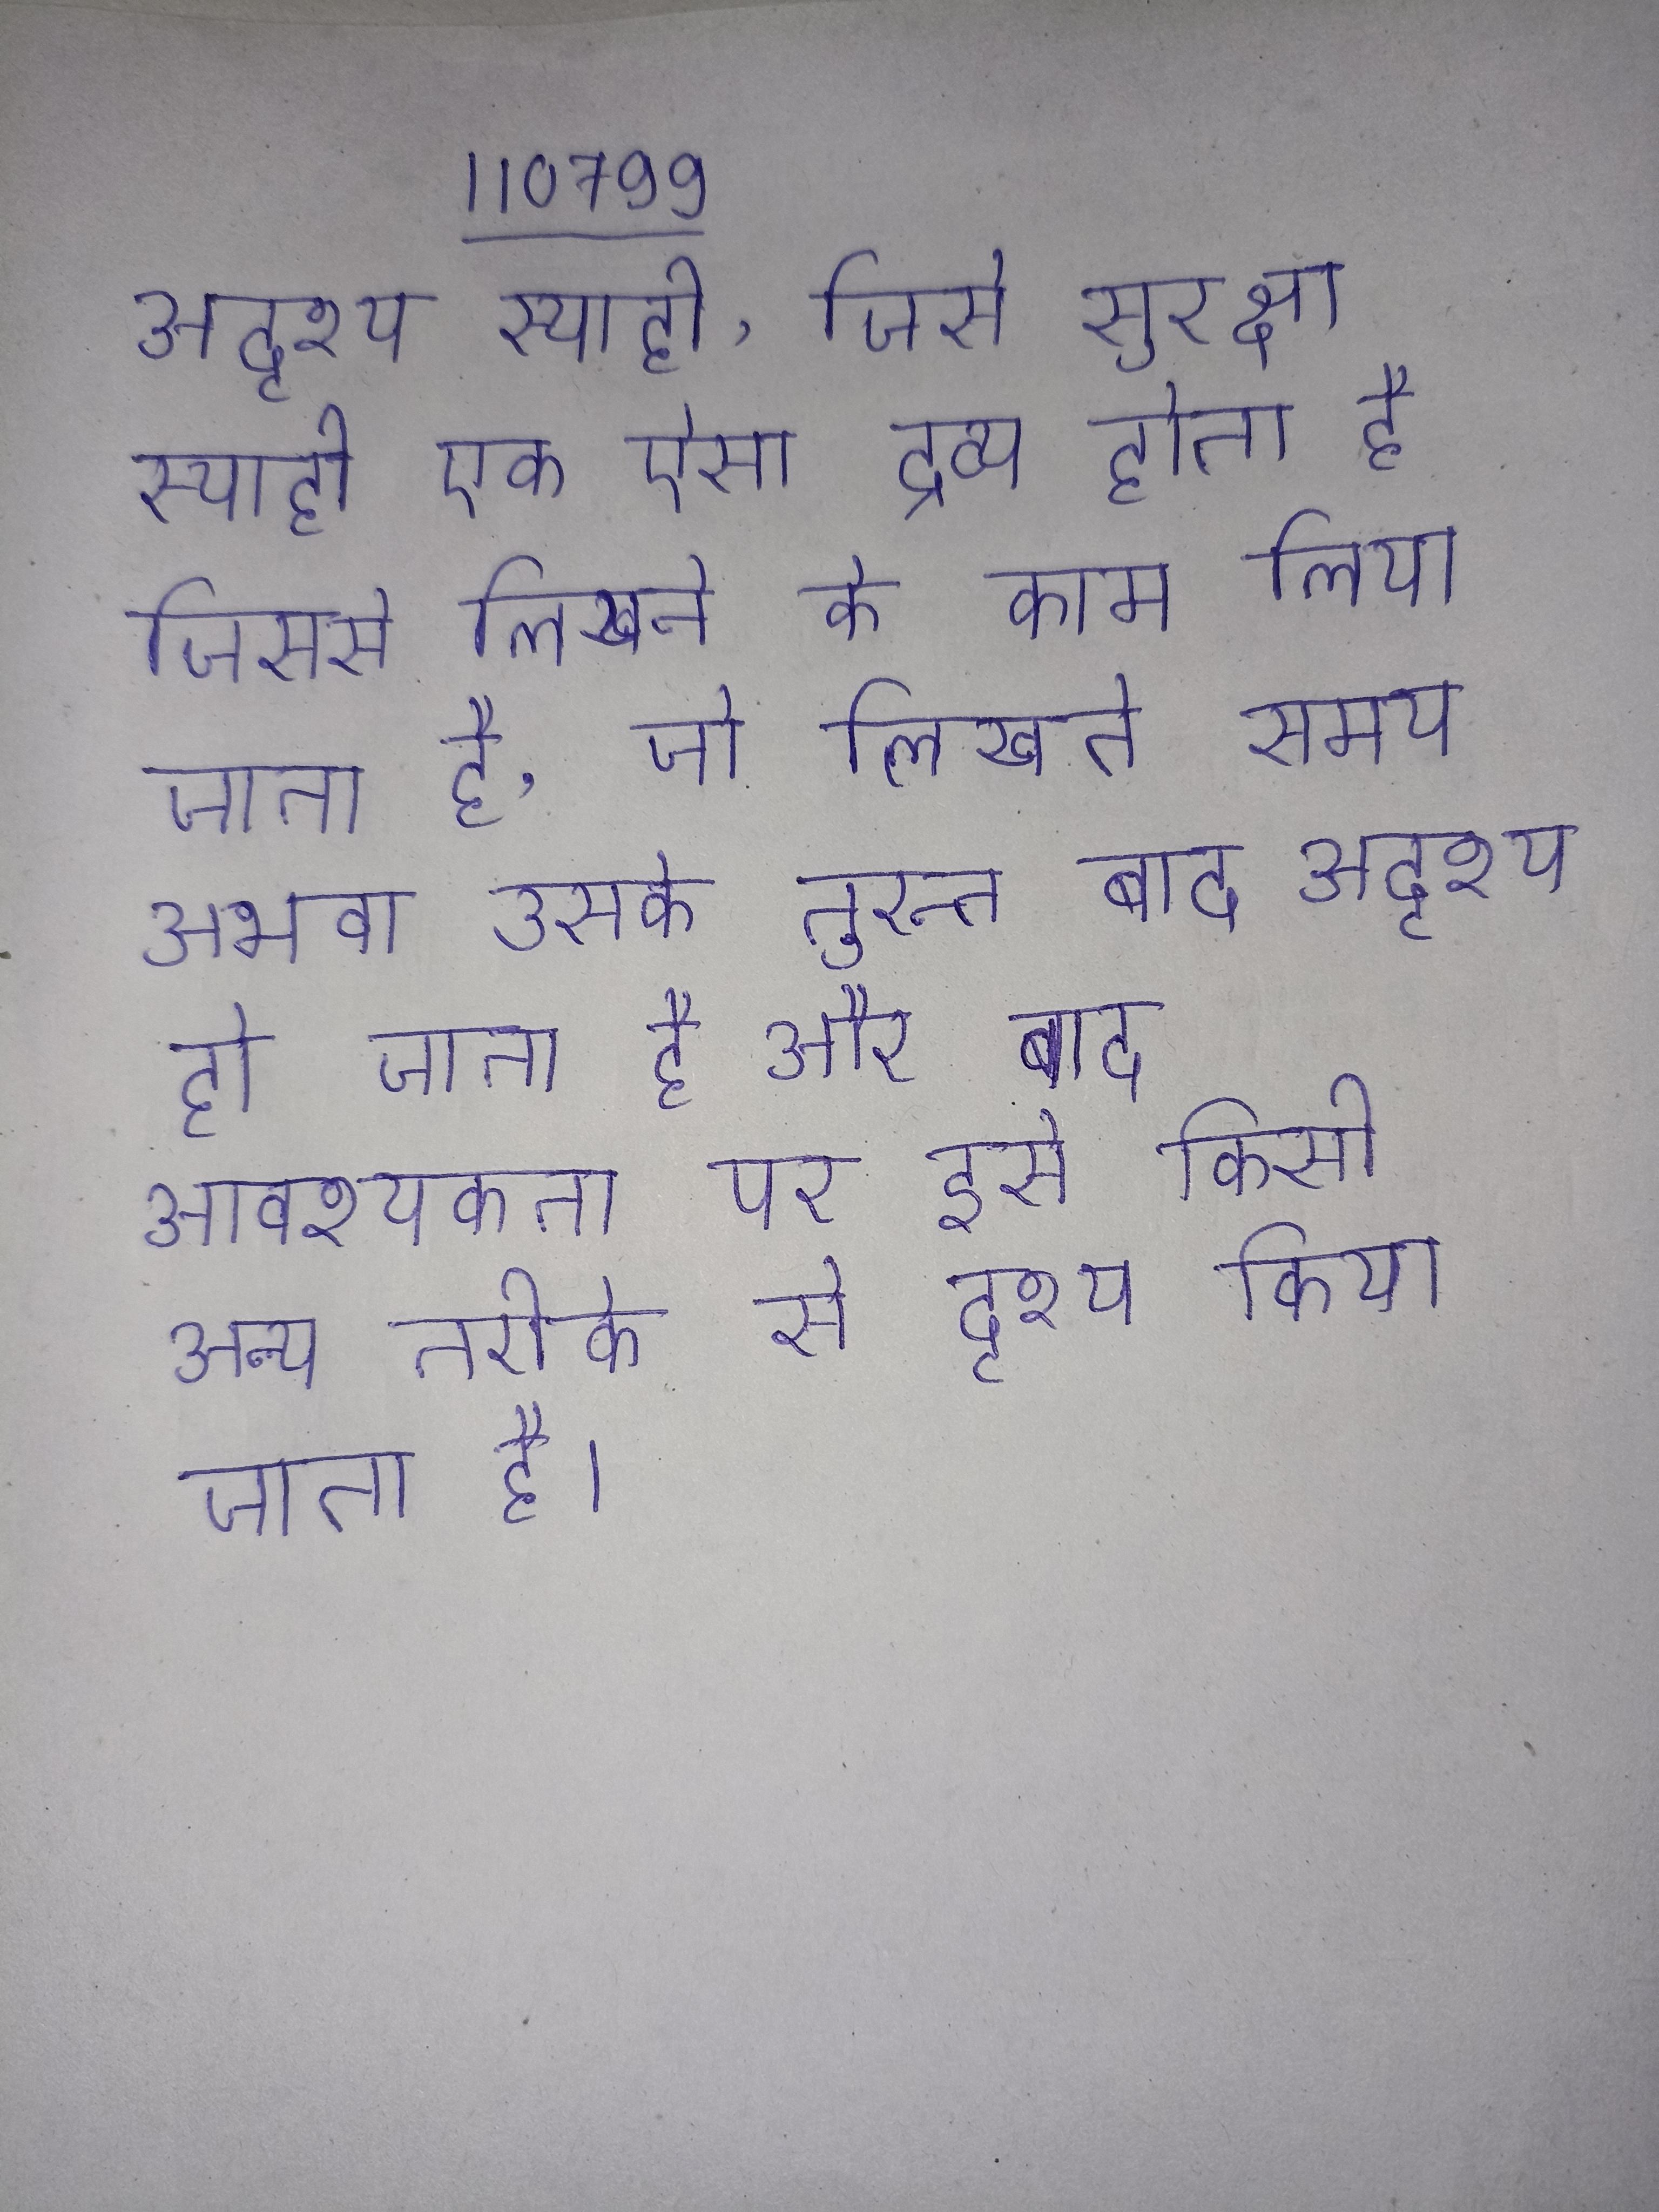
अदृश्य स्याही, जिसे सुरक्षा स्याही एक ऐसा द्रव्य होता है जिससे लिखने के काम लिया जाता है, जो लिखते समय अथवा उसके तुरन्त बाद अदृश्य हो जाता है और बाद आवश्यकता पर इसे किसी अन्य तरीके से दृश्य किया जाता है ।